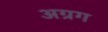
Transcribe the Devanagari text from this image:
अग्रग